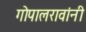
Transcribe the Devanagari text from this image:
गोपालरावांनी